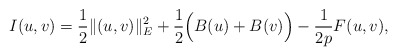
\begin{align*}I(u,v)=\frac{1}{2}\|(u,v)\|_{E}^{2}+\frac{1}{2}\Big(B(u)+B(v)\Big)-\frac{1}{2p}F(u,v),\end{align*}